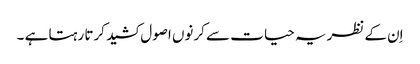
اِن کے نظریہ حیا ت سے کرنوں اصول کشید کرتا رہتا ہے ۔